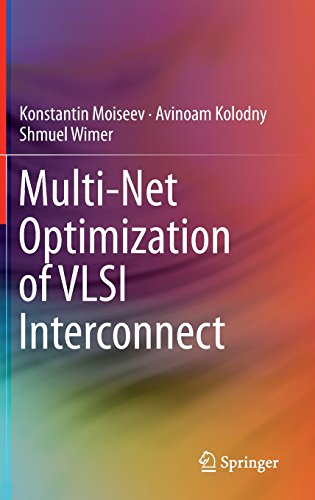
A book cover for Multi-Net Optimization of VLSI Interconnect; Konstantin Moiseev; Computers & Technology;